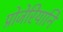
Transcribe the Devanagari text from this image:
प्रोजेरियानि